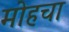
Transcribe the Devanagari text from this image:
मोहचा